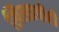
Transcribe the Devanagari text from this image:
ख्रिस्ताचीही